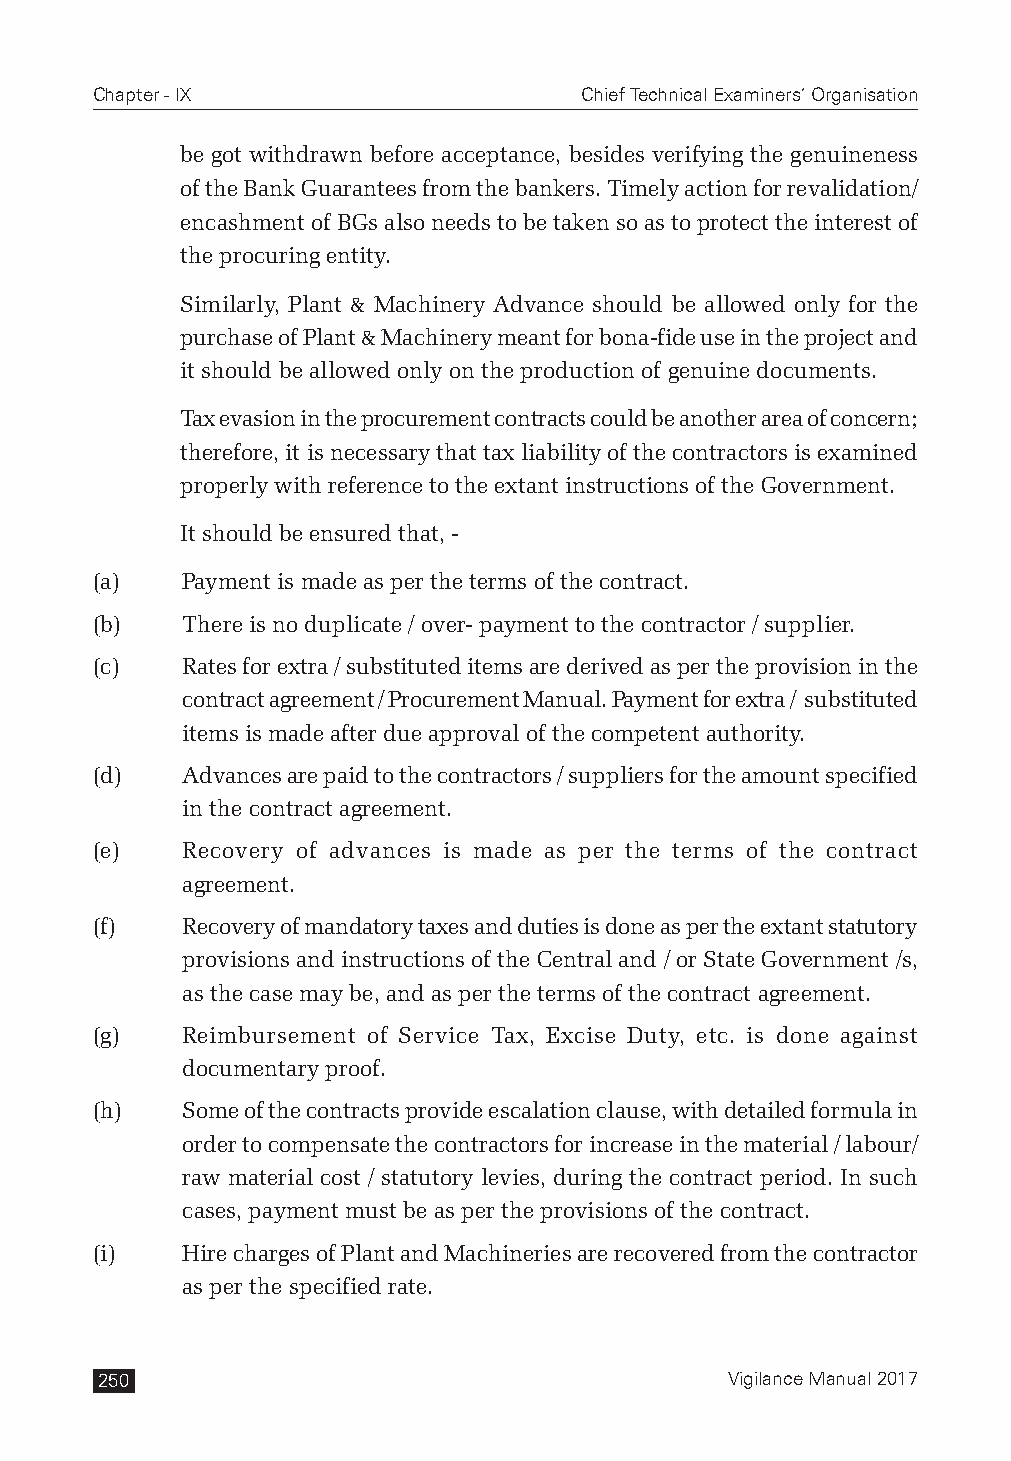
Chapter - IX                    Chief Technical Examiners’ Organisation
 be got withdrawn before acceptance, besides verifying the genuineness
 of the Bank Guarantees from the bankers. Timely action for revalidation/
 encashment of BGs also needs to be taken so as to protect the interest of
 the procuring entity.
 Similarly, Plant & Machinery Advance should be allowed only for the
 purchase of Plant & Machinery meant for bona-fide use in the project and
 it should be allowed only on the production of genuine documents.
 Tax evasion in the procurement contracts could be another area of concern;
 therefore, it is necessary that tax liability of the contractors is examined
 properly with reference to the extant instructions of the Government.
 It should be ensured that, -
 (a)   Payment is made as per the terms of the contract.
 (b)   There is no duplicate / over- payment to the contractor / supplier.
 (c)   Rates for extra / substituted items are derived as per the provision in the
 contract agreement / Procurement Manual. Payment for extra / substituted
 items is made after due approval of the competent authority.
 (d)   Advances are paid to the contractors / suppliers for the amount specified
 in the contract agreement.
 (e)   Recovery of advances is made as per the terms of the contract
 agreement.
 (f)   Recovery of mandatory taxes and duties is done as per the extant statutory
 provisions and instructions of the Central and / or State Government /s,
 as the case may be, and as per the terms of the contract agreement.
 (g)   Reimbursement of Service Tax, Excise Duty, etc. is done against
 documentary proof.
 (h)   Some of the contracts provide escalation clause, with detailed formula in
 order to compensate the contractors for increase in the material / labour/
 raw material cost / statutory levies, during the contract period. In such
 cases, payment must be as per the provisions of the contract.
 (i)   Hire charges of Plant and Machineries are recovered from the contractor
 as per the specified rate.
 250                                       Vigilance Manual 2017